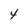
Character: 4